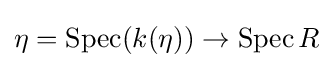
\eta =\operatorname {Spec} (k(\eta ))\to \operatorname {Spec} R